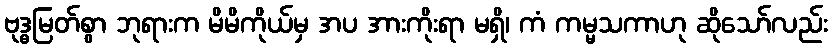
ဗုဒ္ဓမြတ်စွာ ဘုရားက မိမိကိုယ်မှ အပ အားကိုးရာ မရှိ၊ ကံ ကမ္မသကာဟု ဆိုသော်လည်း